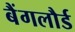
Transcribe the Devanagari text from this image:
बैंगलौर्ड